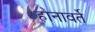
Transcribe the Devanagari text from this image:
होनावर्ते